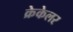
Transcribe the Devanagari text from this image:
क्रेकेलर